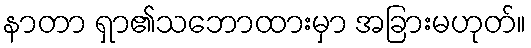
နာတာ ရှာ၏သဘောထားမှာ အခြားမဟုတ်။